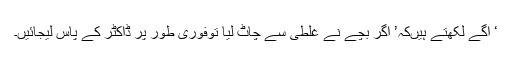
‘ آگے لکھتے ہیںکہ’ اگر بچے نے غلطی سے چاٹ لیا توفوری طور پر ڈاکٹر کے پاس لیجائیں۔